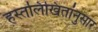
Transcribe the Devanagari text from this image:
हस्तलिखितांनुसार